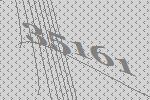
35161